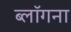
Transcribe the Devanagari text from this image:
ब्लॉगना